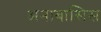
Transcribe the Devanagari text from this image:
अनाबासिस